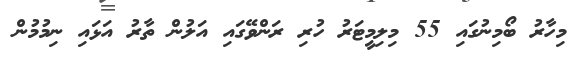
މިހާރު ބޯމިނުގައި 55 މިލިމީޓަރު ހުރި ރަންވޭގައި އަލުން ތާރު އަޅައި ނިމުމުން